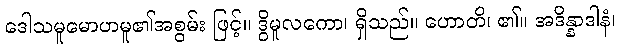
ဒေါသမူမောဟမူ၏အစွမ်း ဖြင့်။ ဒွိမူလကော၊ ရှိသည်။ ဟောတိ၊ ၏။ အဒိန္နာဒါနံ၊